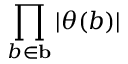
\prod _ { b \in { \bf b } } | \theta ( b ) |